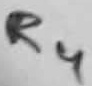
Text: R4